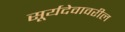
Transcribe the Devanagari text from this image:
सूर्यदेवावरील